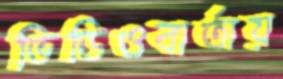
ভিডিওবার্তায়